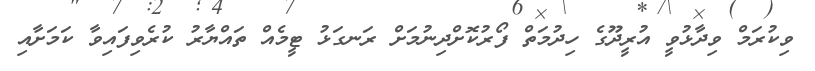
ވިކުރަމް ވިދާޅުވީ އުރީދޫގެ ހިދުމަތް ފޯރުކޮށްދިނުމަށް ރަނގަޅު ޓީމެއް ތައްޔާރު ކުރެވިފައިވާ ކަމަށާއި